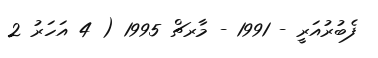
ފެބުރުއަރީ - 1991 - މާރޗް 1995 ( 4 އަހަރު 2